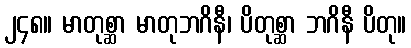
၂၄၈။ မာတုစ္ဆာ မာတုဘဂိနီ၊ ပိတုစ္ဆာ ဘဂိနီ ပိတု။